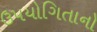
ઉપયોગિતાનો